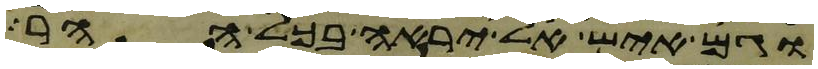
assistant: וגם איש אל יראה בכל ההר